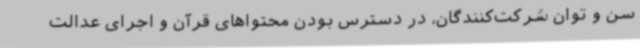
سن و توان شرکت‌کنندگان، در دسترس بودن محتواهای قرآن و اجرای عدالت